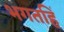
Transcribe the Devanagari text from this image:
भगतहिं